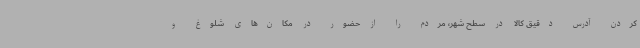
کردن آدرس دقیق کالا در سطح شهر، مردم را از حضور در مکان‌های شلوغ و